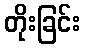
တိုးခြင်း